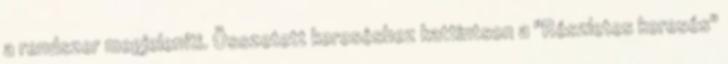
a rendszer megjeleníti. Összetett kereséshez kattintson a "Részletes keresés"